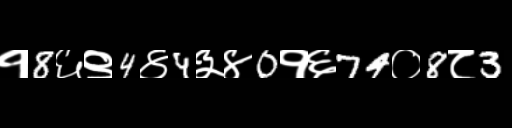
Text: १8६९4४4३४0१६74०8८3